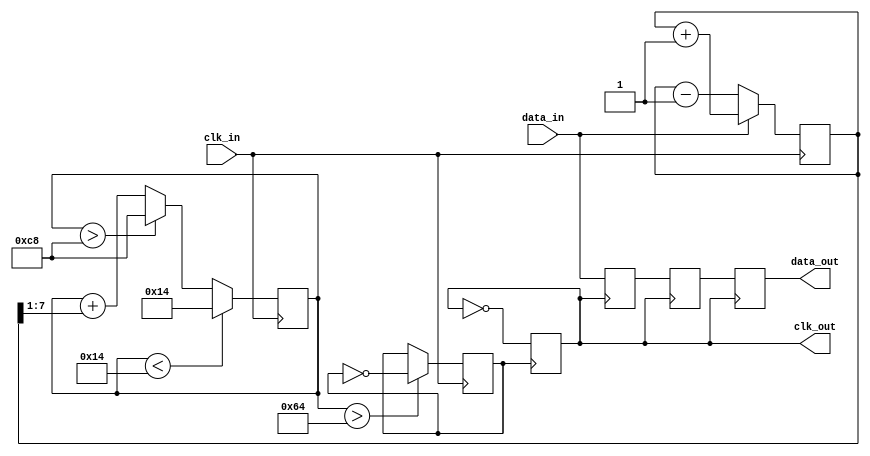
module pll_synchronizer #(
    parameter INPUT_CLK_FREQ = 100, // Input clock frequency in MHz
    parameter OUTPUT_CLK_FREQ = 50,  // Desired output clock frequency in MHz
    parameter VCO_MAX_FREQ = 200,     // Maximum VCO frequency in MHz
    parameter VCO_MIN_FREQ = 20       // Minimum VCO frequency in MHz
)(
    input wire clk_in,                // Incoming clock signal
    input wire data_in,               // Incoming data signal
    output reg clk_out,               // Synchronized output clock
    output reg data_out               // Synchronized output data
);

    // Internal signals
    reg [7:0] phase_error;            // Phase error signal
    reg [7:0] control_voltage;        // Control voltage for VCO
    reg vco_clk;                      // VCO clock output
    reg [1:0] state;                  // State for synchronization
    reg [1:0] sync_ff [1:0];          // Dual-flop synchronizer

    // Phase Detector (PD)
    always @(posedge clk_in) begin
        // Simple phase error detection logic
        if (data_in) begin
            phase_error <= phase_error + 1; // Increment error if data is high
        end else begin
            phase_error <= phase_error - 1; // Decrement error if data is low
        end
    end

    // Loop Filter
    always @(posedge clk_in) begin
        // Simple low-pass filter implementation
        control_voltage <= control_voltage + (phase_error >> 1);
        // Clamp control voltage to VCO tuning range
        if (control_voltage > VCO_MAX_FREQ) control_voltage <= VCO_MAX_FREQ;
        if (control_voltage < VCO_MIN_FREQ) control_voltage <= VCO_MIN_FREQ;
    end

    // Voltage-Controlled Oscillator (VCO)
    always @(posedge clk_in) begin
        // Generate VCO clock based on control voltage
        if (control_voltage > (VCO_MAX_FREQ / 2)) begin
            vco_clk <= ~vco_clk; // Toggle VCO clock
        end
    end

    // Clock Divider (optional)
    always @(posedge vco_clk) begin
        clk_out <= ~clk_out; // Divide VCO clock for output
    end

    // Data Synchronization Circuit
    always @(posedge clk_out) begin
        sync_ff[0] <= data_in; // First flip-flop
        sync_ff[1] <= sync_ff[0]; // Second flip-flop
        data_out <= sync_ff[1]; // Synchronized output data
    end

    // Initialization and Lock Detection (simplified)
    initial begin
        clk_out = 0;
        data_out = 0;
        control_voltage = 0;
        phase_error = 0;
        vco_clk = 0;
        state = 0;
    end

endmodule